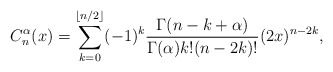
\begin{align*} C_n^{\alpha}(x)=\sum_{k=0}^{\lfloor n/2\rfloor} (-1)^k\frac{\Gamma(n-k+\alpha)}{\Gamma(\alpha)k!(n-2k)!}(2x)^{n-2k},\end{align*}